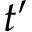
t ^ { \prime }